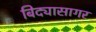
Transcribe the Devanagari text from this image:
बिद्यासागर